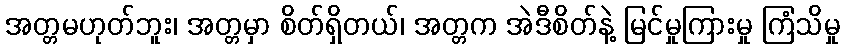
အတ္တမဟုတ်ဘူး၊ အတ္တမှာ စိတ်ရှိတယ်၊ အတ္တက အဲဒီစိတ်နဲ့ မြင်မှုကြားမှု ကြံသိမှု